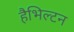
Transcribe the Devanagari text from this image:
हैभिल्टन